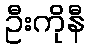
ဦးကိုနီ